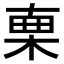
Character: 𣓟